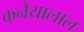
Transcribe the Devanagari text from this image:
कनैयालाल